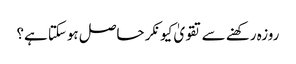
روزہ رکھنے سے تقویٰ کیونکر حاصل ہوسکتا ہے؟